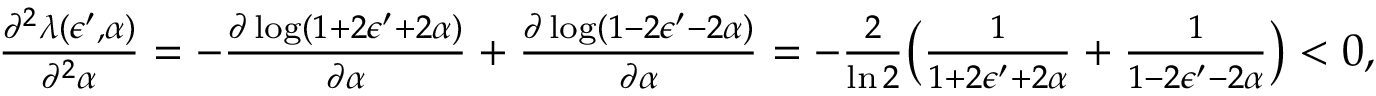
\begin{array} { r } { \frac { \partial ^ { 2 } \lambda ( \epsilon ^ { \prime } , \alpha ) } { \partial ^ { 2 } \alpha } = - \frac { \partial \log ( 1 + 2 \epsilon ^ { \prime } + 2 \alpha ) } { \partial \alpha } + \frac { \partial \log ( 1 - 2 \epsilon ^ { \prime } - 2 \alpha ) } { \partial \alpha } = - \frac { 2 } { \ln { 2 } } \big ( \frac { 1 } { 1 + 2 \epsilon ^ { \prime } + 2 \alpha } + \frac { 1 } { 1 - 2 \epsilon ^ { \prime } - 2 \alpha } \big ) < 0 , } \end{array}